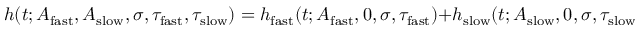
h ( t ; A _ { \mathrm { f a s t } } , A _ { \mathrm { s l o w } } , \sigma , \tau _ { \mathrm { f a s t } } , \tau _ { \mathrm { s l o w } } ) = h _ { \mathrm { f a s t } } ( t ; A _ { \mathrm { f a s t } } , 0 , \sigma , \tau _ { \mathrm { f a s t } } ) + h _ { \mathrm { s l o w } } ( t ; A _ { \mathrm { s l o w } } , 0 , \sigma , \tau _ { \mathrm { s l o w } } ) .